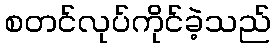
စတင်လုပ်ကိုင်ခဲ့သည်